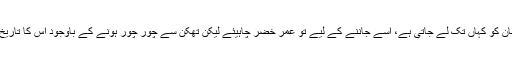
جستجو اور جذبوں کے دو رنگوں میں گندھی فطرت انسان کو کہاں تک لے جاتی ہے، اسے جاننے کے لیے تو عمر خضر چاہیئے لیکن تھکن سے چور چور ہونے کے باوجود اس کا تاریخ کی سیڑھیاں پھلانگتے رہنے کا عزم بھی قابل دید ہے۔